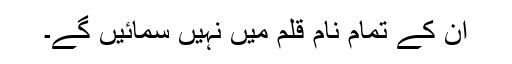
اُن کے تمام نام قلم میں نہیں سمائیں گے۔